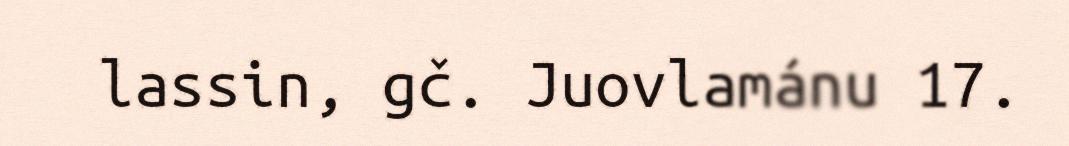
lassin, gč. Juovlamánu 17.